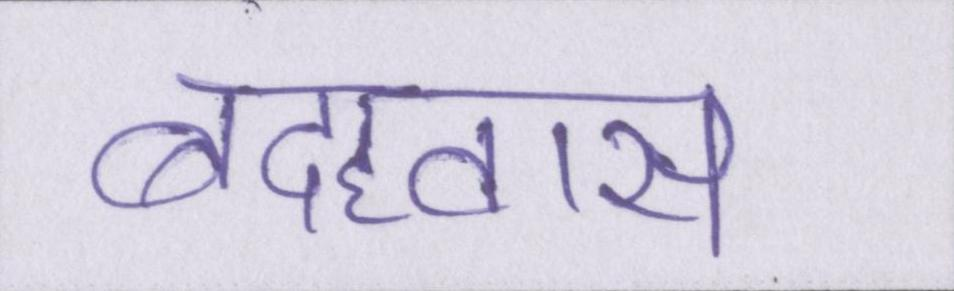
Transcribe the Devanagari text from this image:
बदहवास